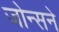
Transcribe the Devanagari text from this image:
जोन्सने